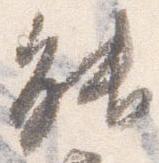
能